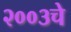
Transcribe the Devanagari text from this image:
२००३चे